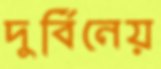
দুর্বিনেয়